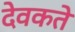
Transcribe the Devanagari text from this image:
देवकते